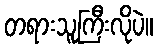
တရားသူကြီးလိုပဲ။